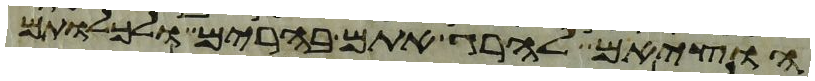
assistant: הוציאם להרג אתם בהרים ולכלותם